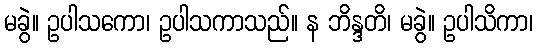
မခွဲ။ ဥပါသကော၊ ဥပါသကာသည်။ န ဘိန္ဒတိ၊ မခွဲ။ ဥပါသိကာ၊